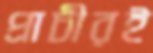
প্রাচীরই